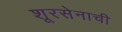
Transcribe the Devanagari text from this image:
शूरसेनाची